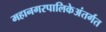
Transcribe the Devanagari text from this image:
महानगरपालिकेअंतर्गत